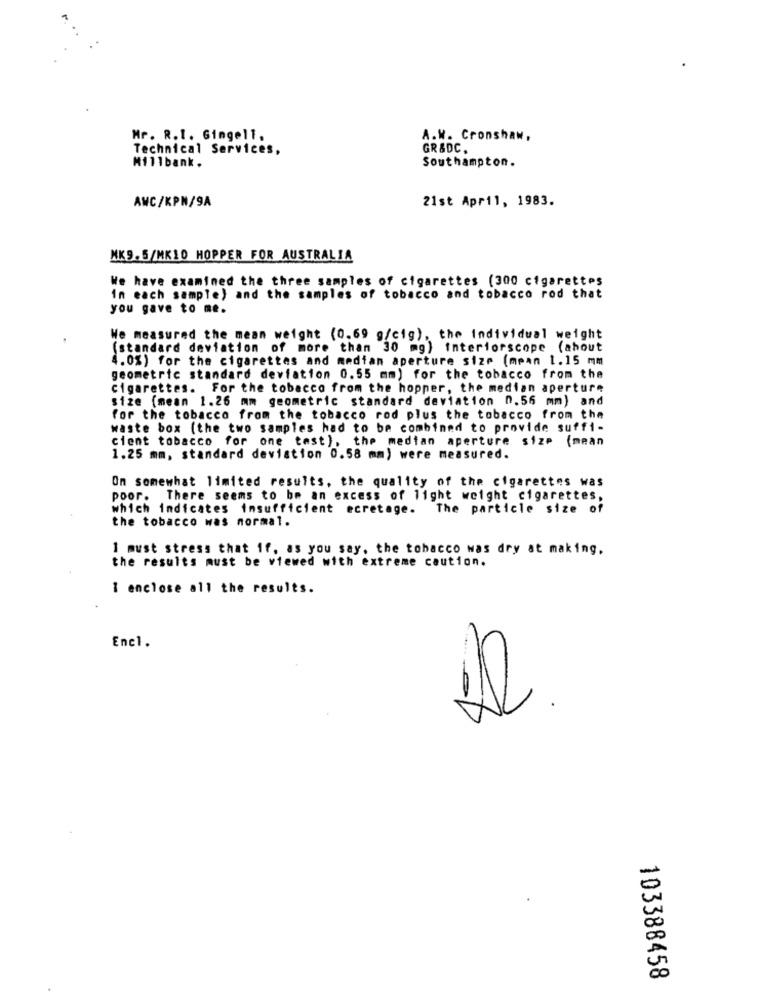
Mr. R.I. Gingell,
A.W. Cronshaw,
Technical Services,
GR &DC.
Millbank.
Southampton.
AWC/KPN/9A
21st April, 1983.
NK9. 5/MK10 HOPPER FOR AUSTRALIA
We have examined the three samples of cigarettes (300 cigarettes
In each sample) and the samples of tobacco and tobacco rod that
you gave to me.
We measured the mean weight (0.69 g/cig), the Individual weight
(standard deviation of more than 30 mg) interiorscope (about
4.0%) for the cigarettes and median aperture size (mean 1.15 mm
geometric standard deviation 0.55 mm) for the tobacco from the
cigarettes. For the tobacco from the hopper, the median aperture
size (mean 1.26 mm geometric standard deviation 0.56 mm) and
for the tobacco from the tobacco rod plus the tobacco from the
waste box (the two samples had to be combined to provide suffi-
cient tobacco for one test), the median aperture size (mean
1.25 mm, standard deviation 0.58 mm) were measured.
On somewhat limited results, the quality of the cigarettes was
poor. There seems to be an excess of light weight cigarettes,
which indicates insufficient ecretage. The particle size of
the tobacco was normal.
1 must stress that if, as you say, the tobacco was dry at making.
the results must be viewed with extreme caution.
I enclose all the results.
Encl.
103388458